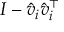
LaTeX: I - { \hat { v } } _ { i } { \hat { v } } _ { i } ^ { \top }